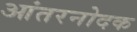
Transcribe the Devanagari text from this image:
आंतरनोदक